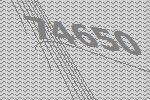
74650